Report on the lunatic asylums under the Government of Bombay - 1904-1913
Year: 1904
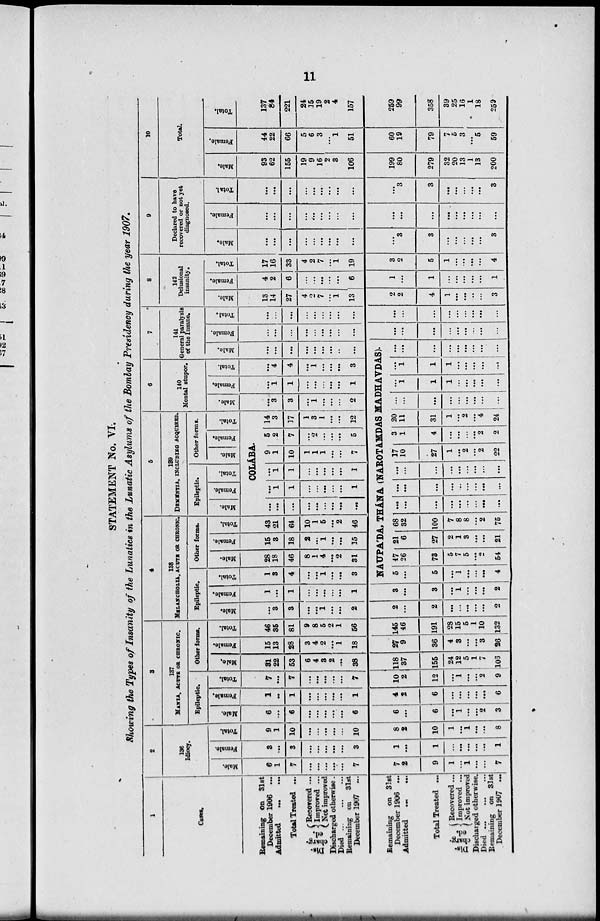
11
STATEMENT No. VI.
Showing the Types of Insanity of the Lunatics in the Lunatic Asylums of the Bombay Presidency during the year 1907.
1
Cases.
Remaining on 31st
December 1906
...
Admitted
...
Total Treated...
Dis¬
charg¬
ed.
Recovered ...
Improved ...
Not improved
Discharged otherwise.
Died ...
Remaining on
31st
December 1907
...
Remaining on 31st
December 1906 ...
Admitted
...
...
Total Treated ...
Dis¬
charg¬
ed.
Recovered ...
Improved ...
Not improved
Discharged otherwise.
Died
...
...
Remaining
on 31st
December 1907 ...
2
136
Idiocy.
Male.
6
1
7
...
...
...
...
...
7
7
2
9
1
...
1
...
...
7
Female.
3
...
3
...
...
...
...
...
3
1
...
1
...
...
...
...
...
1
Total.
9
1
10
...
...
...
...
...
10
8
2
10
1
...
1
...
...
8
3
187
MANIA, ACUTE OR CHRONIC.
Epileptic.
Male.
6
...
6
...
...
...
...
...
6
6
...
6
...
1
...
...
2
3
Female.
1
...
1
...
...
...
...
...
1
4
2
6
...
...
...
...
...
6
Total.
7
...
7
...
...
...
...
...
7
10
2
12
...
1
...
...
2
9
Other forms.
Male.
31
22
53
6
4
3
2
...
38
118
37
155
24
12
5
1
7
106
Female.
15
13
28
3
4
2
...
1
18
27
9
36
4
3
...
...
3
26
Total.
46
35
81
9
8
5
2
1
56
145
46
191
28
15
5
1
10
132
4
138
MELANCHOLIA, ACUTE OR CHRONIC.
Epileptic.
Male.
...
3
3
...
...
1
...
...
2
2
...
2
...
...
...
...
...
2
Female.
1
...
1
...
...
...
...
...
1
3
...
3
...
1
...
...
...
2
Total.
1
3
4
...
...
1
...
...
3
Other forms.
Male.
28
18
46
8
1
4
...
2
31
Female.
15
3
18
2
...
1
...
...
15
Total.
43
21
64
10
1
5
...
2
46
5
139
DEMENTIA, INCLUDING ACQUIRED.
Epileptic.
Male.
Female.
Total.
Other forms.
Male.
Female.
Total.
6
140
Mental stupor.
Male.
COLÁBA.
...
...
...
...
...
...
...
...
...
...
1
1
...
...
...
...
1
...
1
1
...
...
...
...
...
I
9
1
10
1
1
1
...
...
7
5
2
7
...
2
...
...
...
5
14
3
17
1
3
1
...
...
12
...
3
3
...
1
...
...
...
2
Female.
...
1
1
...
...
...
...
...
1
Total.
...
4
4
...
1
...
...
...
3
7
141
General paralysis
of the Insane.
Male.
...
...
...
...
...
...
...
..
...
NAUPA'DA, THÁNA (NAROTAMDAS MADHAVDAS).
5
...
5
...
1
...
...
...
4
47
26
73
5
7
5
...
2
54
21
6
27
2
1
3
...
...
21
68
32
100
7
8
8
...
2
75
...
...
...
...
...
...
...
...
...
...
...
...
...
...
...
...
...
...
...
...
...
...
...
...
...
...
17
10
27
1
...
2
...
2
22
3
1
4
...
...
...
...
2
2
20
11
31
1
...
2
...
4
24
...
...
...
...
...
...
...
...
...
...
1
1
1
...
...
...
...
...
...
1
1
1
...
...
...
...
...
...
...
...
...
...
...
...
...
Female.
...
...
...
...
...
...
...
...
...
...
...
...
...
...
...
...
...
...
Total.
...
...
...
...
...
...
...
...
...
...
...
. ..
...
...
. ..
...
...
8
142
Delusional
insanity.
Male.
13
14
27
4
2
7
...
1
13
2
2
4
1
...
...
..
...
3
Female.
4
2
6
...
...
...
...
...
6
1
...
1
...
...
...
...
...
1
Total.
17
16
33
4
2
7
...
1
19
3
2
5
1
...
...
...
...
4
9
Declared to have
recovered or not yet
diagnosed.
Male.
...
...
...
...
...
...
...
...
...
...
3
3
...
...
...
...
...
3
Female.
...
...
...
...
...
...
...
...
...
...
...
. .,
...
...
...
...
...
...
Total.
...
...
...
...
...
...
...
...
...
...
3
3
...
...
...
...
...
3
10
Total.
Male.
93
62
155
19
9
16
2
3
106
199
80
279
32
20
13
1
13
200
Female.
44
22
66
5
6
3
...
1
51
60
19
79
7
5
3
...
5
59
Total.
137
84
221
24
35
19
2
4
157
259
99
358
39
25
16
1
18
259